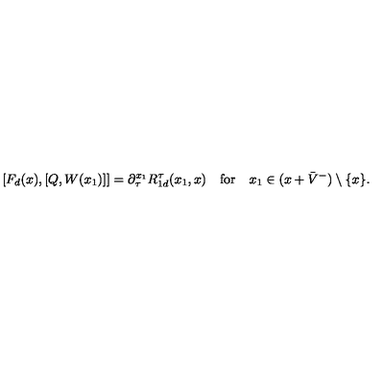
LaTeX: \lbrack F _ { d } ( x ) , [ Q , W ( x _ { 1 } ) ] ] = \partial _ { \tau } ^ { x _ { 1 } } R _ { 1 d } ^ { \tau } ( x _ { 1 } , x ) \quad \mathrm { f o r } \quad x _ { 1 } \in ( x + \bar { V } ^ { - } ) \setminus \{ x \} .